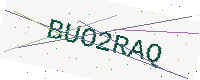
Text: BUO2RAQ